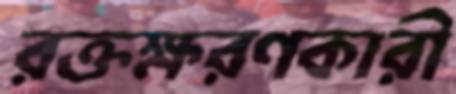
রক্তক্ষরণকারী